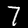
Label: 7